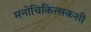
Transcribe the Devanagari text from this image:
मनोचिकित्सकशी